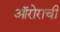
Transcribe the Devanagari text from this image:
ऑरोराची